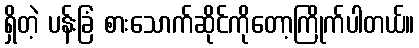
ရှိတဲ့ ပန်းခြံ စားသောက်ဆိုင်ကိုတော့ကြိုက်ပါတယ်။